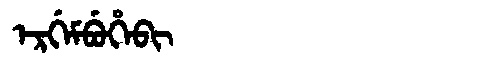
Manchu: ᡝᡵᡤᡝᠮᠪᡠᡥᡝᠪᡳ
Romanization: ERGEMBUHEBI